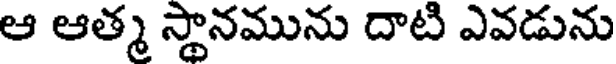
ఆ ఆత్మ స్థానమును దాటి ఎవడును